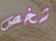
شخص